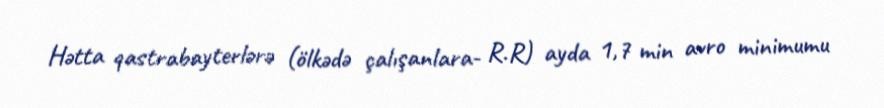
Hətta qastrabayterlərə (ölkədə çalışanlara- R.R) ayda 1,7 min avro minimumu